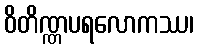
ဝိတိဏ္ဏပရလောကဿ၊